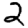
Digit: 2